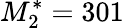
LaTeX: M_{2}^{*}=301